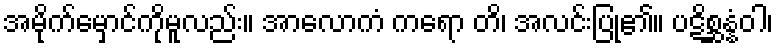
အမိုက်မှောင်ကိုမူလည်း။ အာလောကံ ကရော တိ၊ အလင်းပြု၏။ ပဋိစ္ဆန္နံဝါ၊